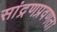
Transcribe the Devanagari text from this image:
सांद्रणप्रवणता